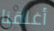
أغلقنا